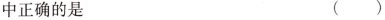
中正确的是 ()